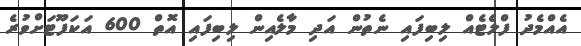
އެއްމެދު ފްލެޓެއް ލިބިފައި ނެތުން އަދި މާލެއިން ލިބިފައި އޮތް 600 އަކަފޫޓަށްވުރެ